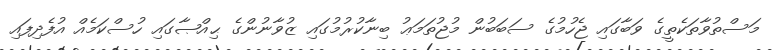
މަސްތުވާތަކެތީގެ ވަބާގައި ޖެހުމުގެ ސަބަބުން މުޖުތަމަޢު ބިނާކުރުމުގައި ޒުވާނުންގެ ޙިއްޞާގައި ހުސްކަމެއް އުފެދިފައި